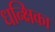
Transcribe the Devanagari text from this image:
धन्क्षिका